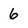
Character: 6